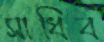
সাধিব